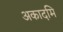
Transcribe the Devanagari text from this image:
अकादमि